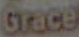
Grace